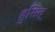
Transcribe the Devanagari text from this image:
हुसित्